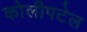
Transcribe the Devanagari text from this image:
कोलीपटेल